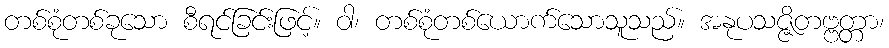
တစ်စုံတစ်ခုသော စီရင်ခြင်းဖြင့်။ ဝါ၊ တစ်စုံတစ်ယောက်သောသူသည်။ အနုပသဇ္ဇိတဗ္ဗတ္တာ၊